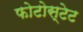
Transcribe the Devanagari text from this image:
फोटोस्टेट